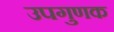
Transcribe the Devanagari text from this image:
उपगुणक